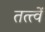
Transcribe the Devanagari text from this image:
तत्त्वें